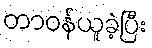
တာဝန်ယူခဲ့ပြီး